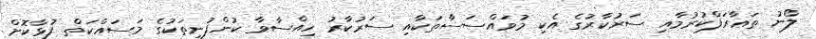
ލޯނު ތަޢާރަފްކުރުމާއި ސަރުކާރުގެ އެކި މުވައްސަސާތަކާއި ސަރުކާރު ހިއްސާވާ ކުންފުނިތަކުގެ މަސައްކަތް ފުޅާކޮށް